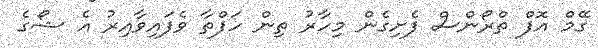
ގޭމް އޮފް ތްރޯންސް ފެށިގެން މިހާރު ތިން ހަފްތާ ވެފައިވާއިރު އެ ޝޯގެ